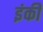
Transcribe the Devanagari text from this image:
इंकी